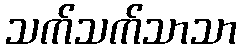
သက်သက်သာသာ